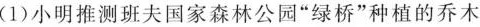
(1)小明推测班夫国家森林公园”绿桥”种植的乔木